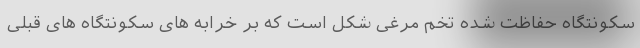
سکونتگاه حفاظت شده تخم مرغی شکل است که بر خرابه های سکونتگاه های قبلی